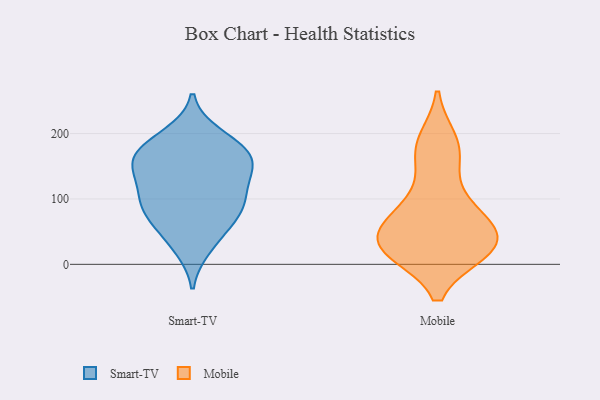
{"axis": {"x": "Website Visitors", "y": "Value"}, "legend": ["Mobile", "Smart-TV"], "data": [{"x": "", "y": 163, "type": "Smart-TV"}, {"x": "", "y": 184, "type": "Smart-TV"}, {"x": "", "y": 79, "type": "Smart-TV"}, {"x": "", "y": 152, "type": "Smart-TV"}, {"x": "", "y": 110, "type": "Smart-TV"}, {"x": "", "y": 197, "type": "Smart-TV"}, {"x": "", "y": 113, "type": "Smart-TV"}, {"x": "", "y": 75, "type": "Smart-TV"}, {"x": "", "y": 82, "type": "Smart-TV"}, {"x": "", "y": 42, "type": "Smart-TV"}, {"x": "", "y": 92, "type": "Smart-TV"}, {"x": "", "y": 26, "type": "Smart-TV"}, {"x": "", "y": 148, "type": "Smart-TV"}, {"x": "", "y": 141, "type": "Smart-TV"}, {"x": "", "y": 162, "type": "Smart-TV"}, {"x": "", "y": 178, "type": "Smart-TV"}, {"x": "", "y": 188, "type": "Mobile"}, {"x": "", "y": 35, "type": "Mobile"}, {"x": "", "y": 179, "type": "Mobile"}, {"x": "", "y": 23, "type": "Mobile"}, {"x": "", "y": 70, "type": "Mobile"}, {"x": "", "y": 22, "type": "Mobile"}, {"x": "", "y": 33, "type": "Mobile"}, {"x": "", "y": 21, "type": "Mobile"}, {"x": "", "y": 27, "type": "Mobile"}, {"x": "", "y": 158, "type": "Mobile"}, {"x": "", "y": 49, "type": "Mobile"}, {"x": "", "y": 90, "type": "Mobile"}, {"x": "", "y": 85, "type": "Mobile"}]}